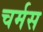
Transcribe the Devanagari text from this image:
चर्मस